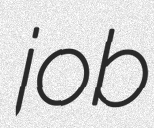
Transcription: job